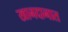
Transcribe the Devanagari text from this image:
खानदानात